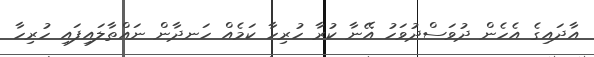
އާދައިގެ އެހެން ދުވަސްދުވަހު އޭނާ ކުރާ ހުރިހާ ކަމެއް ހަނދާން ނައްތާލައިފައި ހުރިހާ